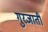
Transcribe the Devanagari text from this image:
गुरजाती